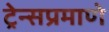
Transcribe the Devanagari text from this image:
ट्रेन्सप्रमाणे